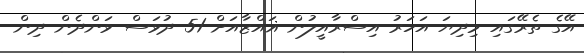
އޭގެ ތެރޭގައި މިދިޔަ އަހަރު އިސްރާއީލުން ޣައްޒާއަށް 51 ދުވަސް ވަންދެން ދިން